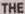
THE